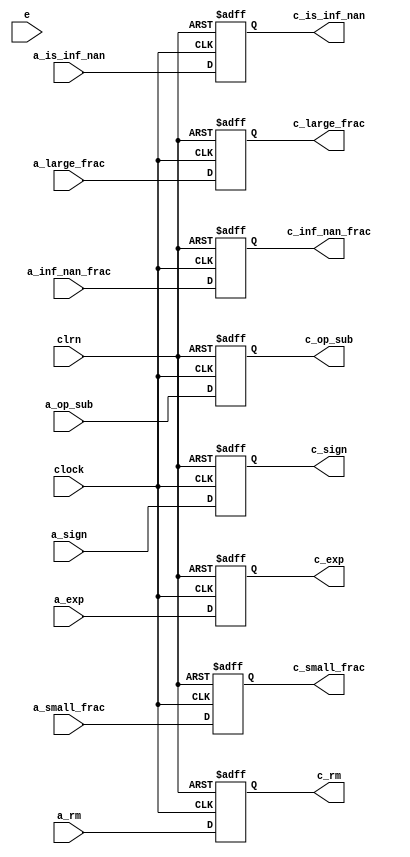
module reg_align_cal (a_rm,a_is_inf_nan,a_inf_nan_frac,a_sign,a_exp,
						a_op_sub,a_large_frac,a_small_frac,clock,clrn,
						e,c_rm,c_is_inf_nan,c_inf_nan_frac,c_sign,
						c_exp,c_op_sub,c_large_frac,c_small_frac);
	
	input e;
	input [1:0] a_rm;
	input a_is_inf_nan;
	input [22:0] a_inf_nan_frac;
	input a_sign;
	input [7:0] a_exp;
	input a_op_sub;
	input [23:0] a_large_frac;
	input [26:0] a_small_frac;
	input clock,clrn;
	output [1:0] c_rm;
	output c_is_inf_nan;
	output [22:0] c_inf_nan_frac;
	output c_sign;
	output [7:0] c_exp;
	output c_op_sub;
	output [23:0] c_large_frac;
	output [26:0] c_small_frac;	
	
	reg [1:0] c_rm;
	reg c_is_inf_nan;
	reg [22:0] c_inf_nan_frac;
	reg c_sign;
	reg [7:0] c_exp;
	reg c_op_sub;
	reg [23:0] c_large_frac;
	reg [26:0] c_small_frac;	
	always @(posedge clock or negedge clrn)begin
		if(clrn ==0)begin
				c_rm <=0;
				c_is_inf_nan<=0;
				c_inf_nan_frac<=0;
				c_sign<=0;
				c_exp<=0;
				c_op_sub<=0;
				c_large_frac<=0;
				c_small_frac<=0;	
		end else begin
				c_rm <=a_rm;
				c_is_inf_nan<=a_is_inf_nan;
				c_inf_nan_frac<=a_inf_nan_frac;
				c_sign<=a_sign;
				c_exp<=a_exp;
				c_op_sub<=a_op_sub;
				c_large_frac<=a_large_frac;
				c_small_frac<=a_small_frac;	
		
		end
	
	
	end
	
	
	
	

	
endmodule